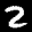
Label: 2